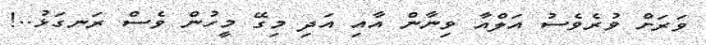
ވަރަށް ވުރެވެސު އަލްއާ ވިނާން އާއި އަދި މިގޭ މީހުން ވެސް ރަނގަޅު..!